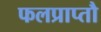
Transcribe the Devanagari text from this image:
फलप्राप्तौ